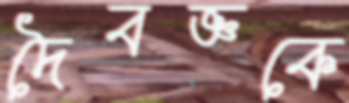
দৈবজ্ঞকে